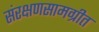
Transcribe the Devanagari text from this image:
संरक्षणसामग्रीत